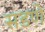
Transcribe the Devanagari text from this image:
सडणे